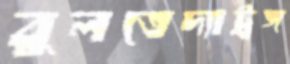
বুলতেদ্যাট্রঙ্গ